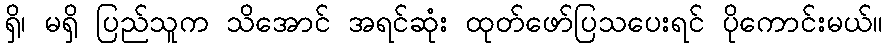
ရှိ၊ မရှိ ပြည်သူက သိအောင် အရင်ဆုံး ထုတ်ဖော်ပြသပေးရင် ပိုကောင်းမယ်။